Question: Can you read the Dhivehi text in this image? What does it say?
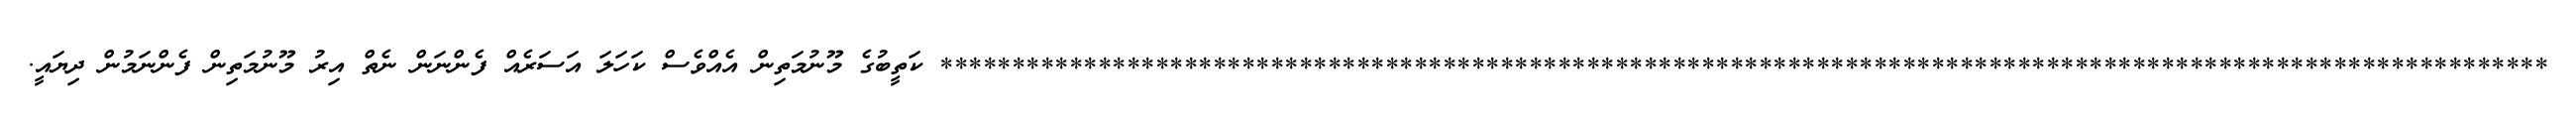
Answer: **************************************************************************************************************** ކަތީބުގެ މޫނުމަތިން އެއްވެސް ކަހަލަ އަސަރެއް ފެންނަން ނެތް އިރު މޫނުމަތިން ފެންނަމުން ދިޔައީ.